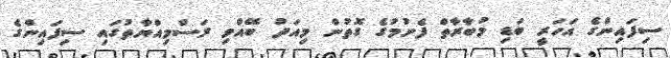
ސިފައިންގެ އަހަރީ ބަޑި މުބާރާތް ފެށުމުގެ ގޮތުން މިއަދު ބޭއްވި ރަސްމިއްޔާތުގައި ސިފައިންގެ